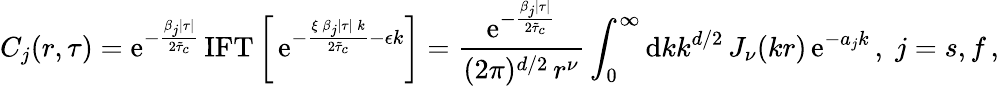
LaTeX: C_{j}(r,\tau)=\mathrm{e}^{-\frac{\beta_{j}\lvert\tau\rvert}{2\tilde{\tau}_{c}}}\, {\mathrm{IFT}}\left[\, \mathrm{e}^{-\frac{\xi\, \beta_{j}\lvert\tau\rvert\, k}{2\tilde{\tau}_{c}}-\epsilon k}\right]=\frac{\mathrm{e}^{-\frac{\beta_{j}\lvert\tau\rvert}{2\tilde{\tau}_{c}}}}{(2\pi)^{d/2}\, r^{\nu}}\int_{0}^{\infty}{\mathrm{d}}kk^{d/2}\, J_{\nu}(kr)\, \mathrm{e}^{-a_{j}k}\, ,\; j=s,f\, ,